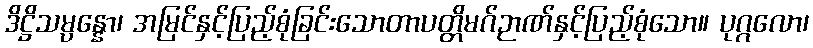
ဒိဋ္ဌိသမ္ပန္နော၊ အမြင်နှင့်ပြည့်စုံခြင်းသောတာပတ္တိမဂ်ဉာဏ်နှင့်ပြည့်စုံသော။ ပုဂ္ဂလော၊